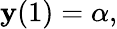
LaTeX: \mathbf{y}(1)=\alpha,